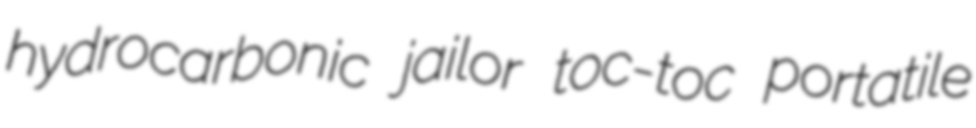
hydrocarbonic jailor toc-toc portatile